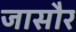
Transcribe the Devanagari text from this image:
जासौर